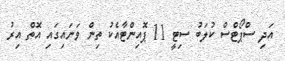
އަދި ސްޕޯޓްސް ކުލަބު ސިޓީ 11 ޕޮއިންޓާއެކު ތިން ވަނައިގައި އޮތް އިރު